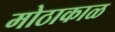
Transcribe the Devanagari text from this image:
मोठाकाळ